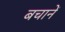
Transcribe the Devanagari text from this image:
बचानें